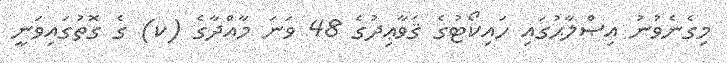
މިގެނެވުނު އިޞްލާޙުގައި ހައިކޯޓުގެ ޤަވާޢިދުގެ 48 ވަނަ މާއްދާގެ (ކ) ގެ ގޮތުގައިވަނީ